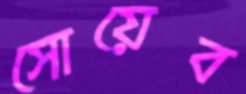
সোয়েব